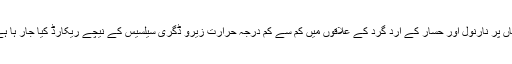
یہاں پر نارنول اور حسار کے ارد گرد کے علاقوں میں کم سے کم درجہ حرارت زیرو ڈگری سیلسیس کے نیچے ریکارڈ کیا جار ہا ہے۔